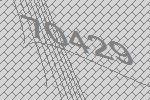
70429